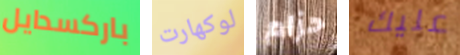
باركسدايل لوكهارت حزام عليك